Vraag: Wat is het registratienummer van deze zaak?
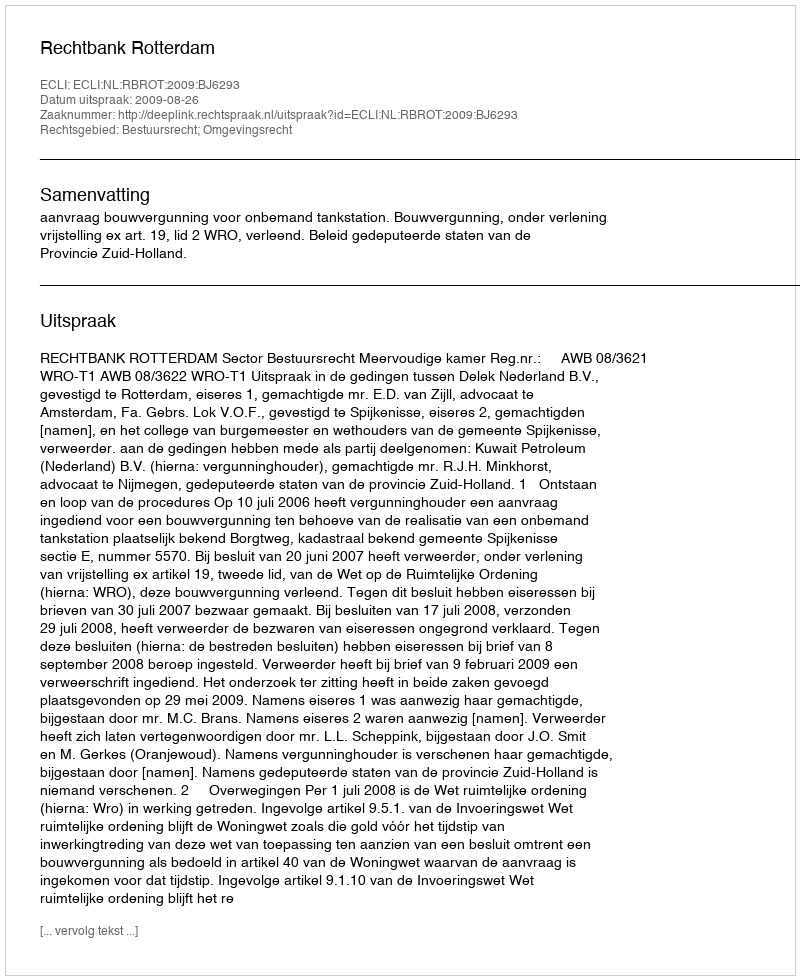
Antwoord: http://deeplink.rechtspraak.nl/uitspraak?id=ECLI:NL:RBROT:2009:BJ6293